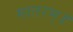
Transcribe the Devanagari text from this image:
मातरम्॥